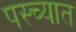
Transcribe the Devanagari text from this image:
पस्च्यात